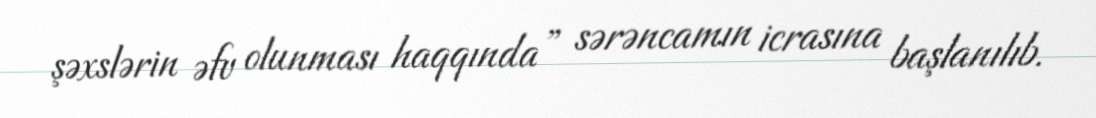
şəxslərin əfv olunması haqqında” sərəncamın icrasına başlanılıb.